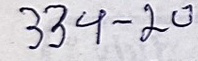
334 - 20